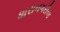
ધારાનગરીના